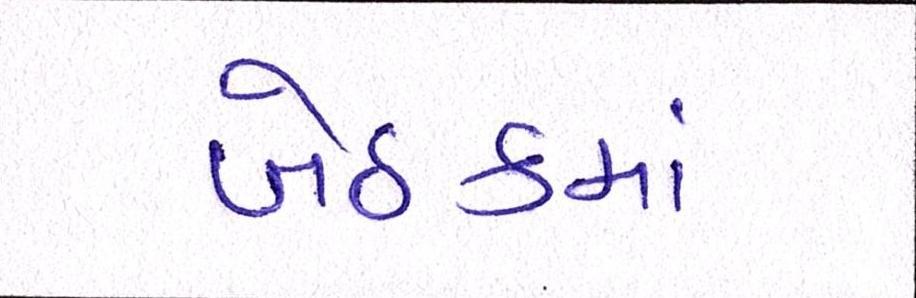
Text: બેઠકમાં